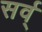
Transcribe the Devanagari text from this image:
सर्व्